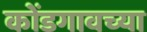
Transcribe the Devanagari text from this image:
कोंडगावच्या